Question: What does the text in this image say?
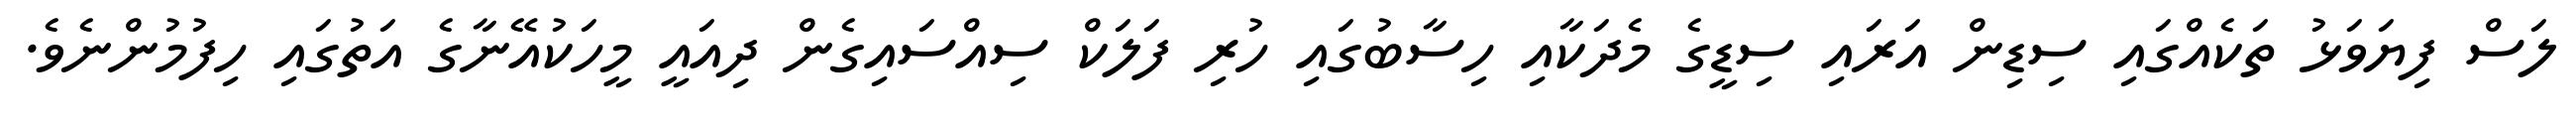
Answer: ލަސް ފިޔަވަޅު ތަކެއްގައި ސިޑިން އަރައި ސިޑީގެ މެދަކާއި ހިސާބުގައި ހުރި ފަލަކް ސިއްސައިގެން ދިއައީ މީހަކުއޭނާގެ އަތުގައި ހިފުމުންނެވެ.